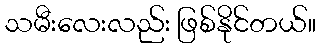
သမီးလေးလည်း ဖြစ်နိုင်တယ်။